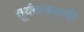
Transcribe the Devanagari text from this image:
सूर्यकमळाची